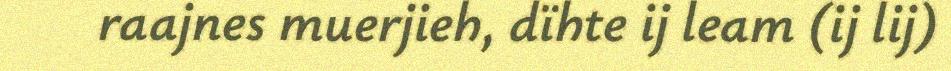
raajnes muerjieh, dïhte ij leam (ij lij)